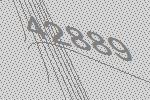
42889